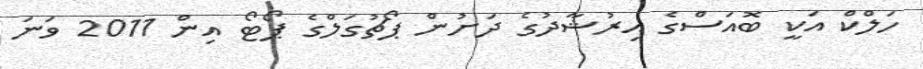
ހަލްކް އަކީ ބޮއަސްގެ އިރުޝާދުގެ ދަށުން ޕޯޗުގަލްގެ ޕޯޓޯ އިން 2011 ވަނަ